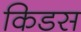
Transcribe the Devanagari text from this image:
किडस